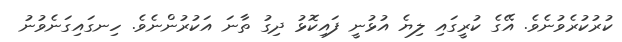
ކުރުކުރެވުނެވެ. އޭގެ ކުރީގައި ލިޔެ އުޅުނީ ފައިކޮޅު ދިގު ތާނަ އަކުރުންނެވެ. ހިނގައިގަނެވުނު